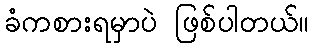
ခံကစားရမှာပဲ ဖြစ်ပါတယ်။